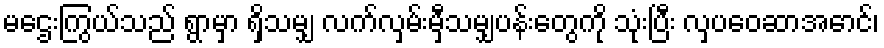
မဌေးကြွယ်သည် ရွာမှာ ရှိသမျှ လက်လှမ်းမှီသမျှပန်းတွေကို သုံးပြီး လှပဝေဆာအောင်၊